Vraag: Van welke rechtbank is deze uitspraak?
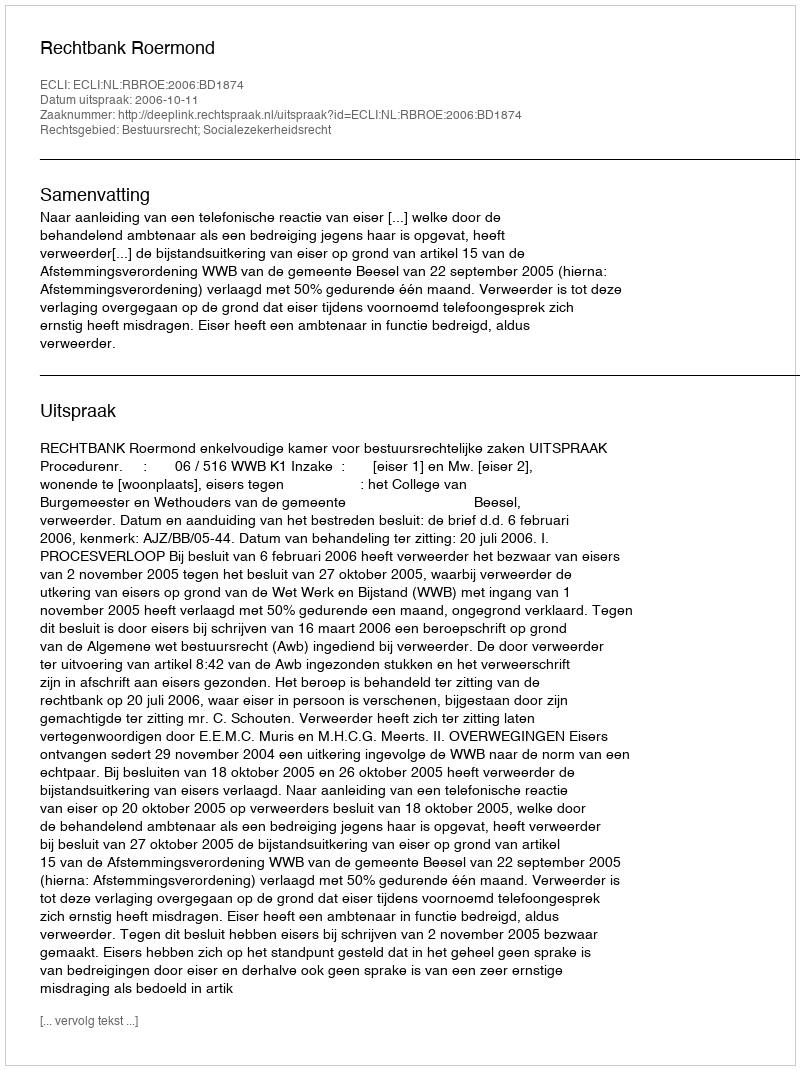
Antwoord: Rechtbank Roermond